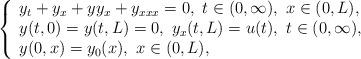
LaTeX: \begin{align*} \left\{ \begin{array} [c]{l} y_{t}+y_{x}+yy_{x}+y_{xxx}=0,~t\in(0,\infty),~x\in (0,L),\\ y(t,0)=y(t,L)=0,~ y_{x}(t,L)=u(t),~t\in(0,\infty),\\ y(0,x)=y_{0}(x) , ~x\in(0,L), \end{array} \right. \label{KDV control} \end{align*}